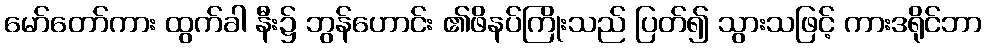
မော်တော်ကား ထွက်ခါ နီး၌ ဘွန်ဟောင်း ၏ဖိနပ်ကြိုးသည် ပြတ်၍ သွားသဖြင့် ကားဒရိုင်ဘာ